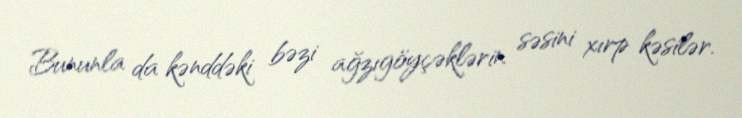
Bununla da kənddəki bəzi ağzıgöyçəklərin səsini xırp kəsilər.